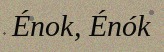
Énok, Énók